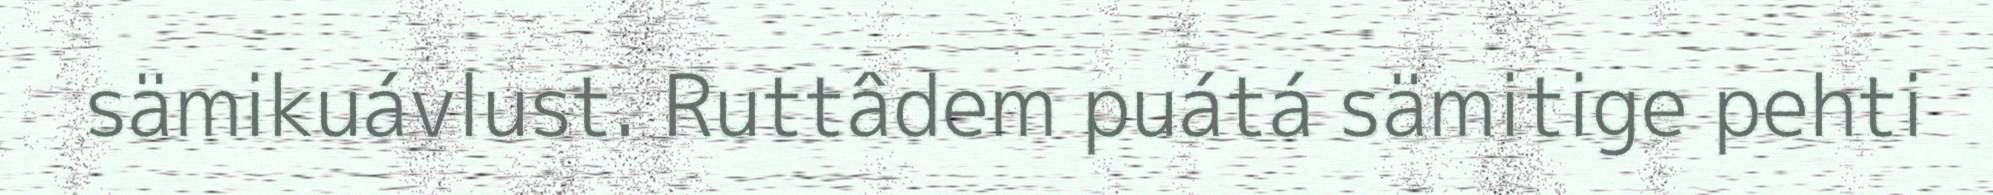
sämikuávlust. Ruttâdem puátá sämitige pehti